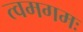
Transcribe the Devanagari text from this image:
त्वमगमः